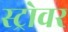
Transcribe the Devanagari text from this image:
स्ट्रोवर